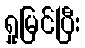
ရှုမြင်ပြီး